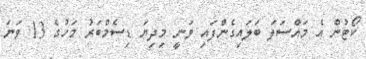
ކޯޓުން އެ މައްސަލަ ބަލައިގެންފައި ވަނީ މިދިޔަ ޑިސެމްބަރު މަހުގެ 13 ވަނަ